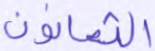
الثمانون